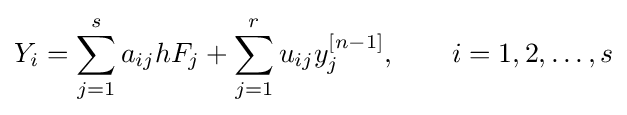
Y_{i}=\sum _{j=1}^{s}a_{ij}hF_{j}+\sum _{j=1}^{r}u_{ij}y_{j}^{[n-1]},\qquad i=1,2,\dots ,s